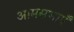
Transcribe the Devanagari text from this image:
आमसभाएँ